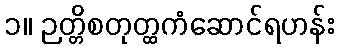
၁။ ဉတ္တိစတုတ္ထကံဆောင်ရဟန်း